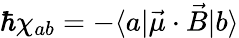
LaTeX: \hbar\chi_{ab}=-\langle a|\vec{\mu}\cdot\vec{B}|b\rangle